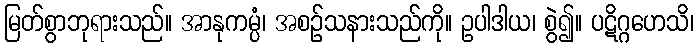
မြတ်စွာဘုရားသည်။ အာနုကမ္ပံ၊ အစဉ်သနားသည်ကို။ ဥပါဒါယ၊ စွဲ၍။ ပဋိဂ္ဂဟေသိ၊